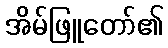
အိမ်ဖြူတော်၏